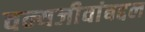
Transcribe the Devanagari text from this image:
वन्यजीवांबद्दल